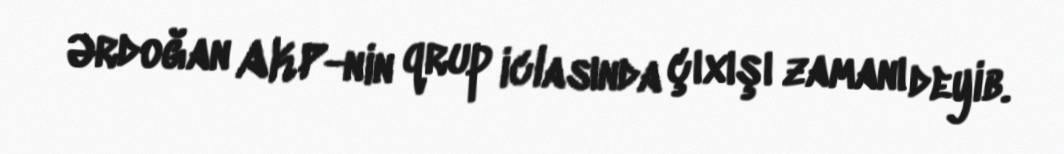
Ərdoğan AKP-nin qrup iclasında çıxışı zamanı deyib.